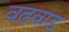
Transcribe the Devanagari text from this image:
वढ़वाड